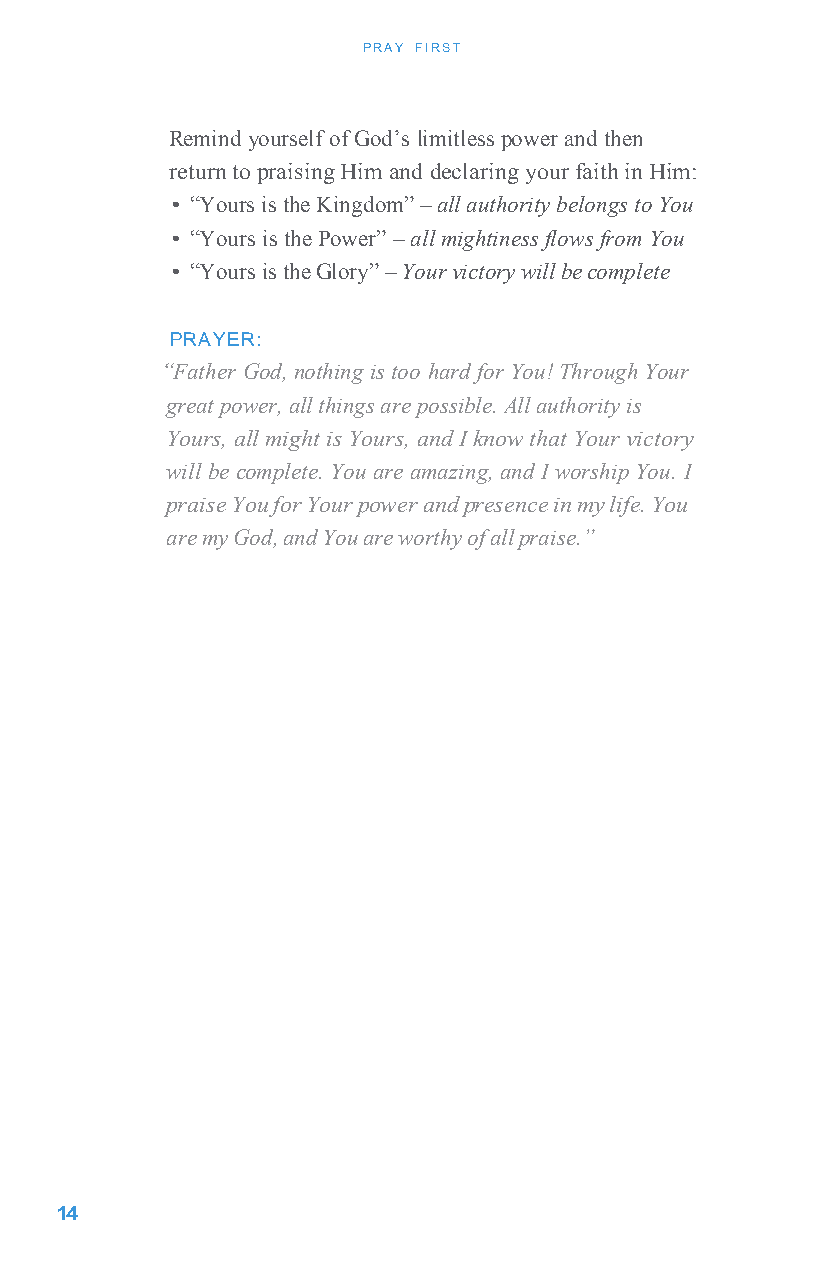
PRAY FIRST
 Remind yourself of God’s limitless power and then
 return to praising Him and declaring your faith in Him:
 • “Yours is the Kingdom” – all authority belongs to You
 • “Yours is the Power” – all mightiness flows from You
 • “Yours is the Glory” – Your victory will be complete
 PRAYER:
 “Father God, nothing is too hard for You! Through Your
 great power, all things are possible. All authority is
 Yours, all might is Yours, and I know that Your victory
 will be complete. You are amazing, and I worship You. I
 praise You for Your power and presence in my life. You
 are my God, and You are worthy of all praise.”
 1 4